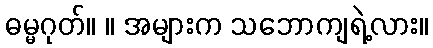
ဓမ္မဂုတ်။ ။ အများက သဘောကျရဲ့လား။